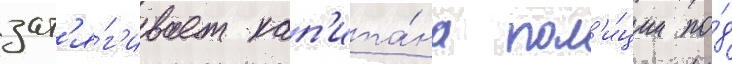
зат'я́г'ивает кап'ита́на пол'и́ции по́д